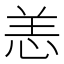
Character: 恙